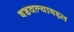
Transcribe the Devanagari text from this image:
बडवल्याबद्दल